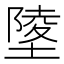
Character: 𡏹